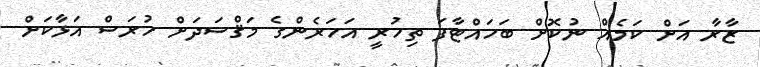
ޒާރާ އަށް ކަމެއް ނުކޮށް ބަހައްޓާފަ ތިހުރީ އަހަރެންގެ މަޤްސަދަށް ހުރަސް އަޅާކަށް